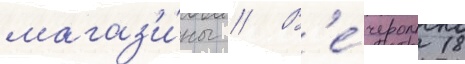
магаз'и́ны // В'е́чером 18